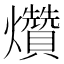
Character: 𤓎